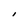
Character: I